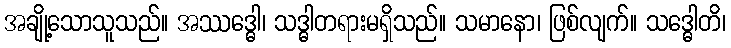
အချို့သောသူသည်။ အဿဒ္ဓေါ၊ သဒ္ဓါတရားမရှိသည်။ သမာနော၊ ဖြစ်လျက်။ သဒ္ဓေါတိ၊